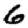
Digit: 6